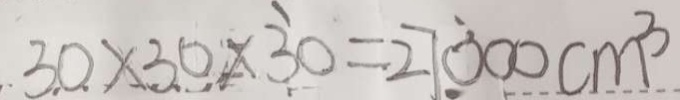
3 0 \times 3 0 \times 3 0 = 2 7 0 0 0 c m ^ { 3 }